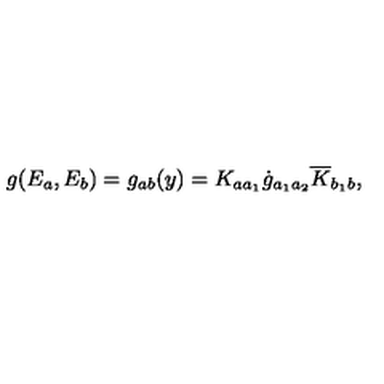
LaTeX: g ( E _ { a } , E _ { b } ) = g _ { a b } ( y ) = K _ { a a _ { 1 } } \dot { g } _ { a _ { 1 } a _ { 2 } } \overline { { K } } _ { b _ { 1 } b } ,